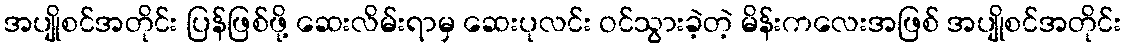
အပျိုစင်အတိုင်း ပြန်ဖြစ်ဖို့ ဆေးလိမ်းရာမှ ဆေးပုလင်း ဝင်သွားခဲ့တဲ့ မိန်းကလေးအဖြစ် အပျိုစင်အတိုင်း